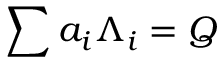
\sum a _ { i } \Lambda _ { i } = Q